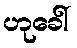
ဟုခေါ်